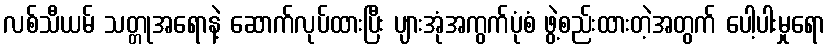
လစ်သီယမ် သတ္တုအရောနဲ့ ဆောက်လုပ်ထားပြီး ပျားအုံအကွက်ပုံစံ ဖွဲ့စည်းထားတဲ့အတွက် ပေါ့ပါးမှုရော